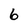
Character: 6